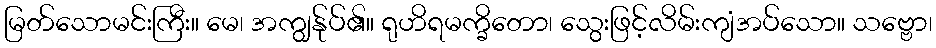
မြတ်သောမင်းကြီး။ မေ၊ အကျွန်ုပ်၏။ ရုဟိရမက္ခိတော၊ သွေးဖြင့်လိမ်းကျံအပ်သော။ သဗ္ဗော၊